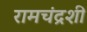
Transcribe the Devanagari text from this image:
रामचंद्रशी